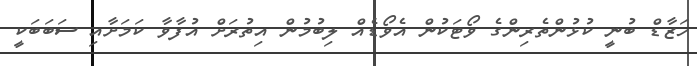
ހަޒާޑް ބުނީ ކުުޅުންތެރިންގެ ވޯޓަކުން އެވޯޑެއް ލިބުމުން އިތުރަށް އުފާވާ ކަމަށާއި ސަބަބަކީ